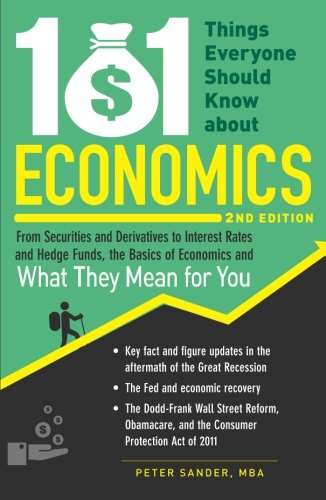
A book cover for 101 Things Everyone Should Know About Economics: From Securities and Derivatives to Interest Rates and Hedge Funds, the Basics of Economics and What They Mean for You; Peter Sander; Business & Money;